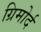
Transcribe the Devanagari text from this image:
ग्रिमोर्द